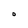
Character: O